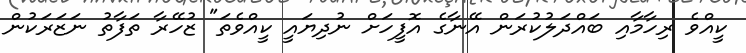
ކީއްވެ ރިހާމާއި ބައްދަލުކުރަން އޭނާގެ އޮފީހަށް ނުދިޔައީ ކީއްވެތަ" ޒުހޭރާ ތަފާތު ނަޒަރަކުން